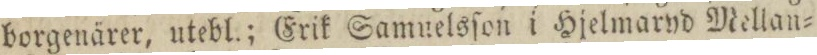
borgenärer, utebl.; Erik Samnelsſon i Hjelmaryd Mellan=